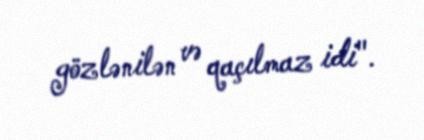
gözlənilən və qaçılmaz idi".